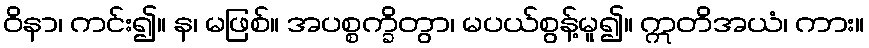
ဝိနာ၊ ကင်း၍။ န၊ မဖြစ်။ အပစ္စက္ခိတွာ၊ မပယ်စွန့်မူ၍။ ဣတိအယံ၊ ကား။